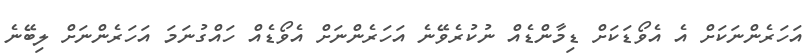
އަހަރެންނަކަށް އެ އެވޯޑަކަށް ޑިމާންޑެއް ނުކުރެވޭނެ އަހަރެންނަށް އެވޯޑެއް ހައްގުނަމަ އަހަރެންނަށް ލިބޭނެ